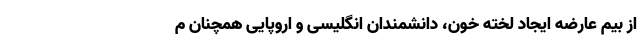
از بیم عارضه ایجاد لخته خون، دانشمندان انگلیسی و اروپایی همچنان م